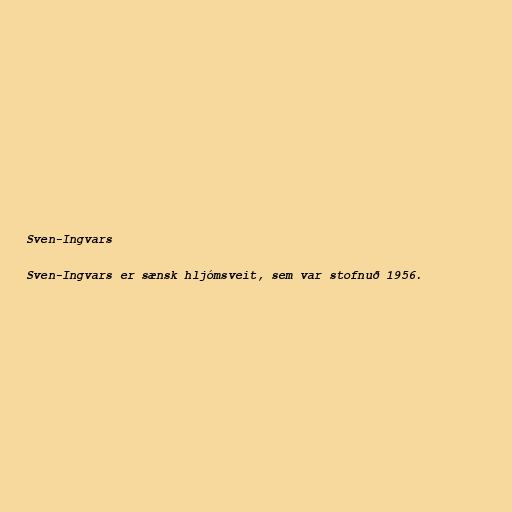
Sven-Ingvars

Sven-Ingvars er sænsk hljómsveit, sem var stofnuð 1956.